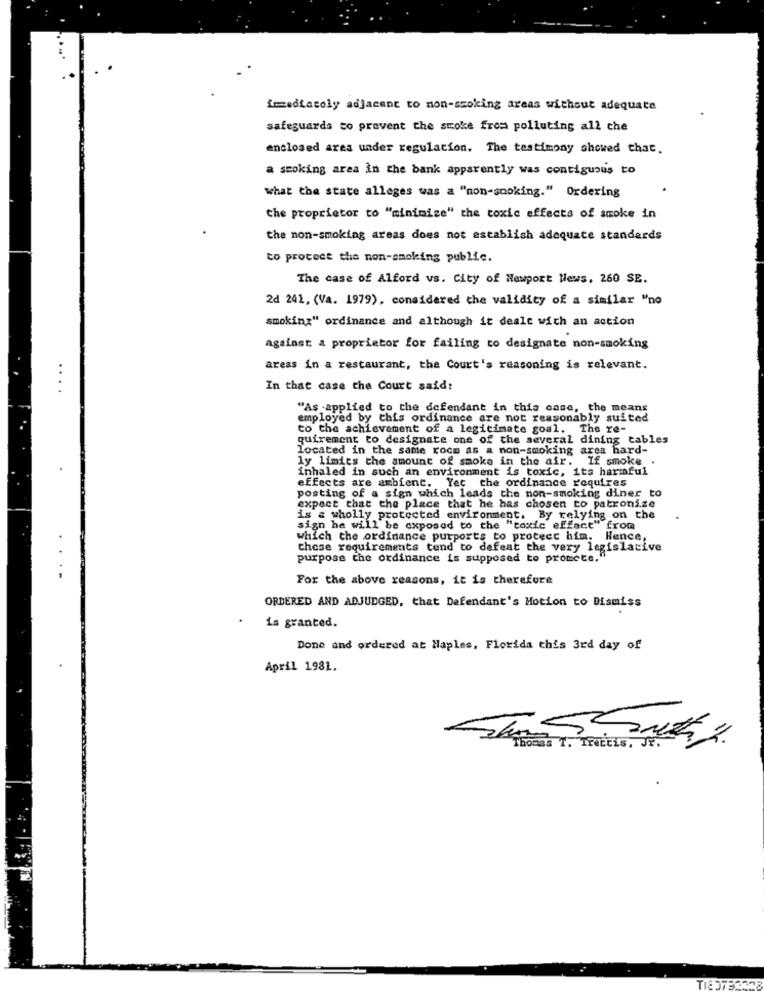
immediately adjacent to non-smoking areas without adequate
safeguards to prevent the smoke from polluting all che
enclosed area under regulation. The testimony showed that.
a smoking area in the bank apparently was contiguous to
what the state alleges was a "non-smoking." Ordering
the proprietor to "minimize" the toxic effects of smoke in
the non-smoking areas does not establish adequate standards
to protect the non-smoking public.
The case of Alford vs. City of Newport News, 260 SE.
2d 241, (Va. 1979), considered the validity of a similar "no
smoking" ordinance and although it dealt with an action
against a proprietor for failing to designate non-smoking
areas in a restaurant, the Court's reasoning is relevant.
..
In that case the Court said:
"As -applied to the defendant in this case, the means
employed by this ordinance are not reasonably suited
to the achievement of a legitimate goal. The re-
guirement to designate one of the several dining tables
located in the same roce as a non-smoking area hard-
ly limits the amount of smoke in the air. If smoke
inhaled in such an environment is toxic, its harmful
effects are ambient. Yet the ordinance requires
posting of a sign which leads the non-smoking diner to
expect that the place that he has chosen to patronize
is & wholly protected environment. By relying on the
sign he will be exposed to the "toxic effect" from
which the ordinance purports to protect him. Hence,
these requirements tend to defeat the very legislative
purpose the ordinance is supposed to promote."
For the above reasons, it is therefore
ORDERED AND ADJUDGED, that Defendant's Motion to Dismiss
is granted.
Done and ordered at Naples, Florida this 3rd day of
April 1981.